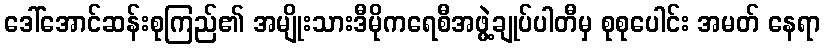
ဒေါ်အောင်ဆန်းစုကြည်၏ အမျိုးသားဒီမိုကရေစီအဖွဲ့ချုပ်ပါတီမှ စုစုပေါင်း အမတ် နေရာ